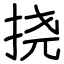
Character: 挠